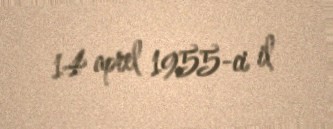
14 aprel 1955-ci il